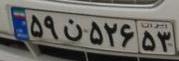
۵۹ن۵۲۶۵۳